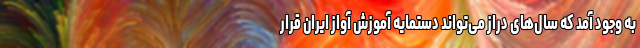
به ‌وجود آمد که سال‌های دراز می‌تواند دستمایه آموزش آواز ایران قرار